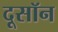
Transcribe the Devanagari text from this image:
दूसॉन